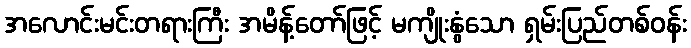
အလောင်းမင်းတရားကြီး အမိန့်တော်ဖြင့် မကျိုးနွံသော ရှမ်းပြည်တစ်ဝန်း